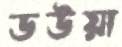
ডউয়া